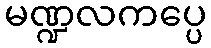
မဏ္ဍလကပ္ပေ